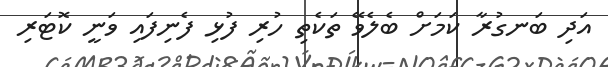
އަދި ބަނގުރާ ކަމަށް ބެލެވޭ ތަކެތި ހުރި ފުޅި ފެނިފައި ވަނީ ކޮޓަރި